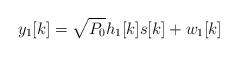
LaTeX: \begin{align*}y_1[k]=\sqrt{P_0}h_1[k]s[k]+w_1[k]\end{align*}